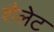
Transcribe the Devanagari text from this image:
शैलेट